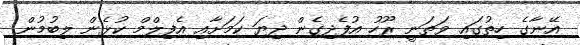
އޭނާގެ ހިތުގައި ވަތަނީ ރޫހު އުފެދިގެން ދިޔަ ކަމަށާއި އެފިލްމް ކުޅެން ލިބުމުން